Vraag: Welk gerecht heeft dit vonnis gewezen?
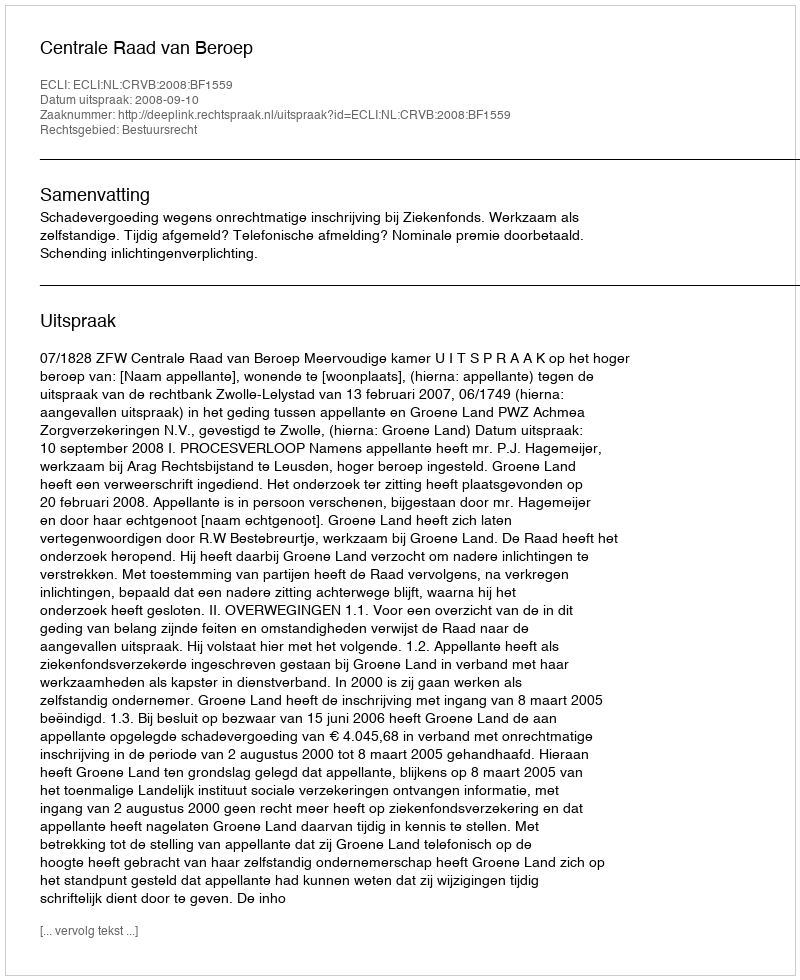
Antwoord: Centrale Raad van Beroep